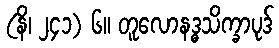
(နိ၊ ၂၄၁) ၆။ တူလောနဒ္ဓသိက္ခာပုဒ်